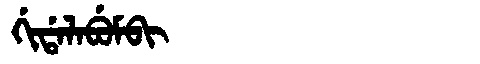
Manchu: ᡤᡳᡩᠠᠯᠠᠪᡠᠮᠪᡳ
Romanization: GIDALABUMBI